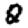
Digit: 2